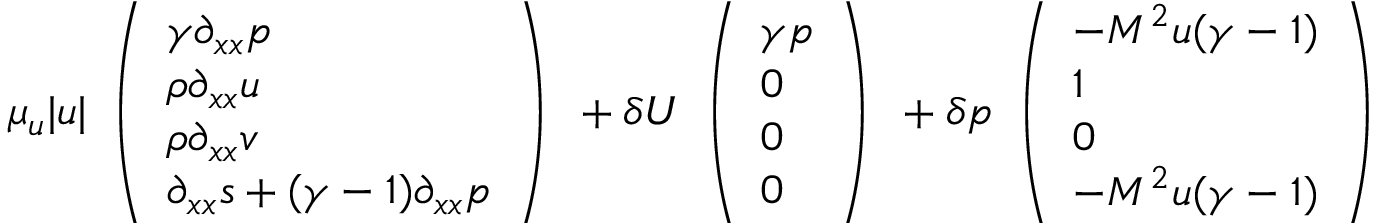
\mu _ { u } | u | \begin{array} { l } { \left( \begin{array} { l } { \gamma \partial _ { x x } p } \\ { \rho \partial _ { x x } u } \\ { \rho \partial _ { x x } v } \\ { \partial _ { x x } s + ( \gamma - 1 ) \partial _ { x x } p } \end{array} \right) } \end{array} + \delta U \begin{array} { l } { \left( \begin{array} { l } { \gamma p } \\ { 0 } \\ { 0 } \\ { 0 } \end{array} \right) } \end{array} + \delta p \begin{array} { l } { \left( \begin{array} { l } { - M ^ { 2 } u ( \gamma - 1 ) } \\ { 1 } \\ { 0 } \\ { - M ^ { 2 } u ( \gamma - 1 ) } \end{array} \right) } \end{array}